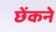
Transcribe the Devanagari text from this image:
छेंकने